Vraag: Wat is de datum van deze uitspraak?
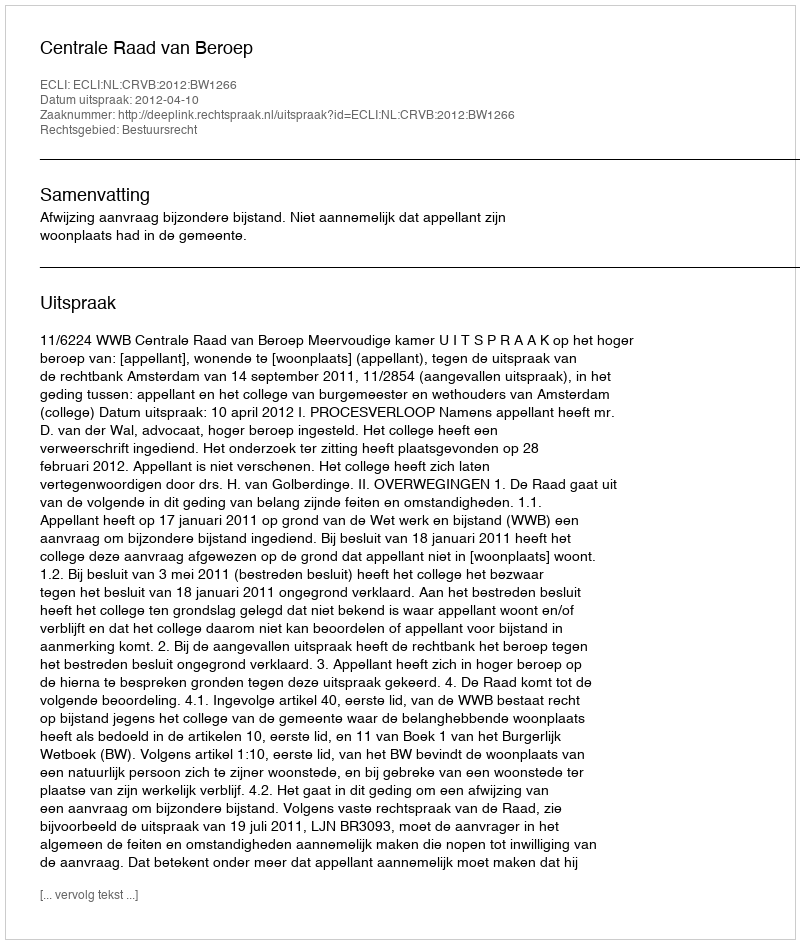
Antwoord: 2012-04-10